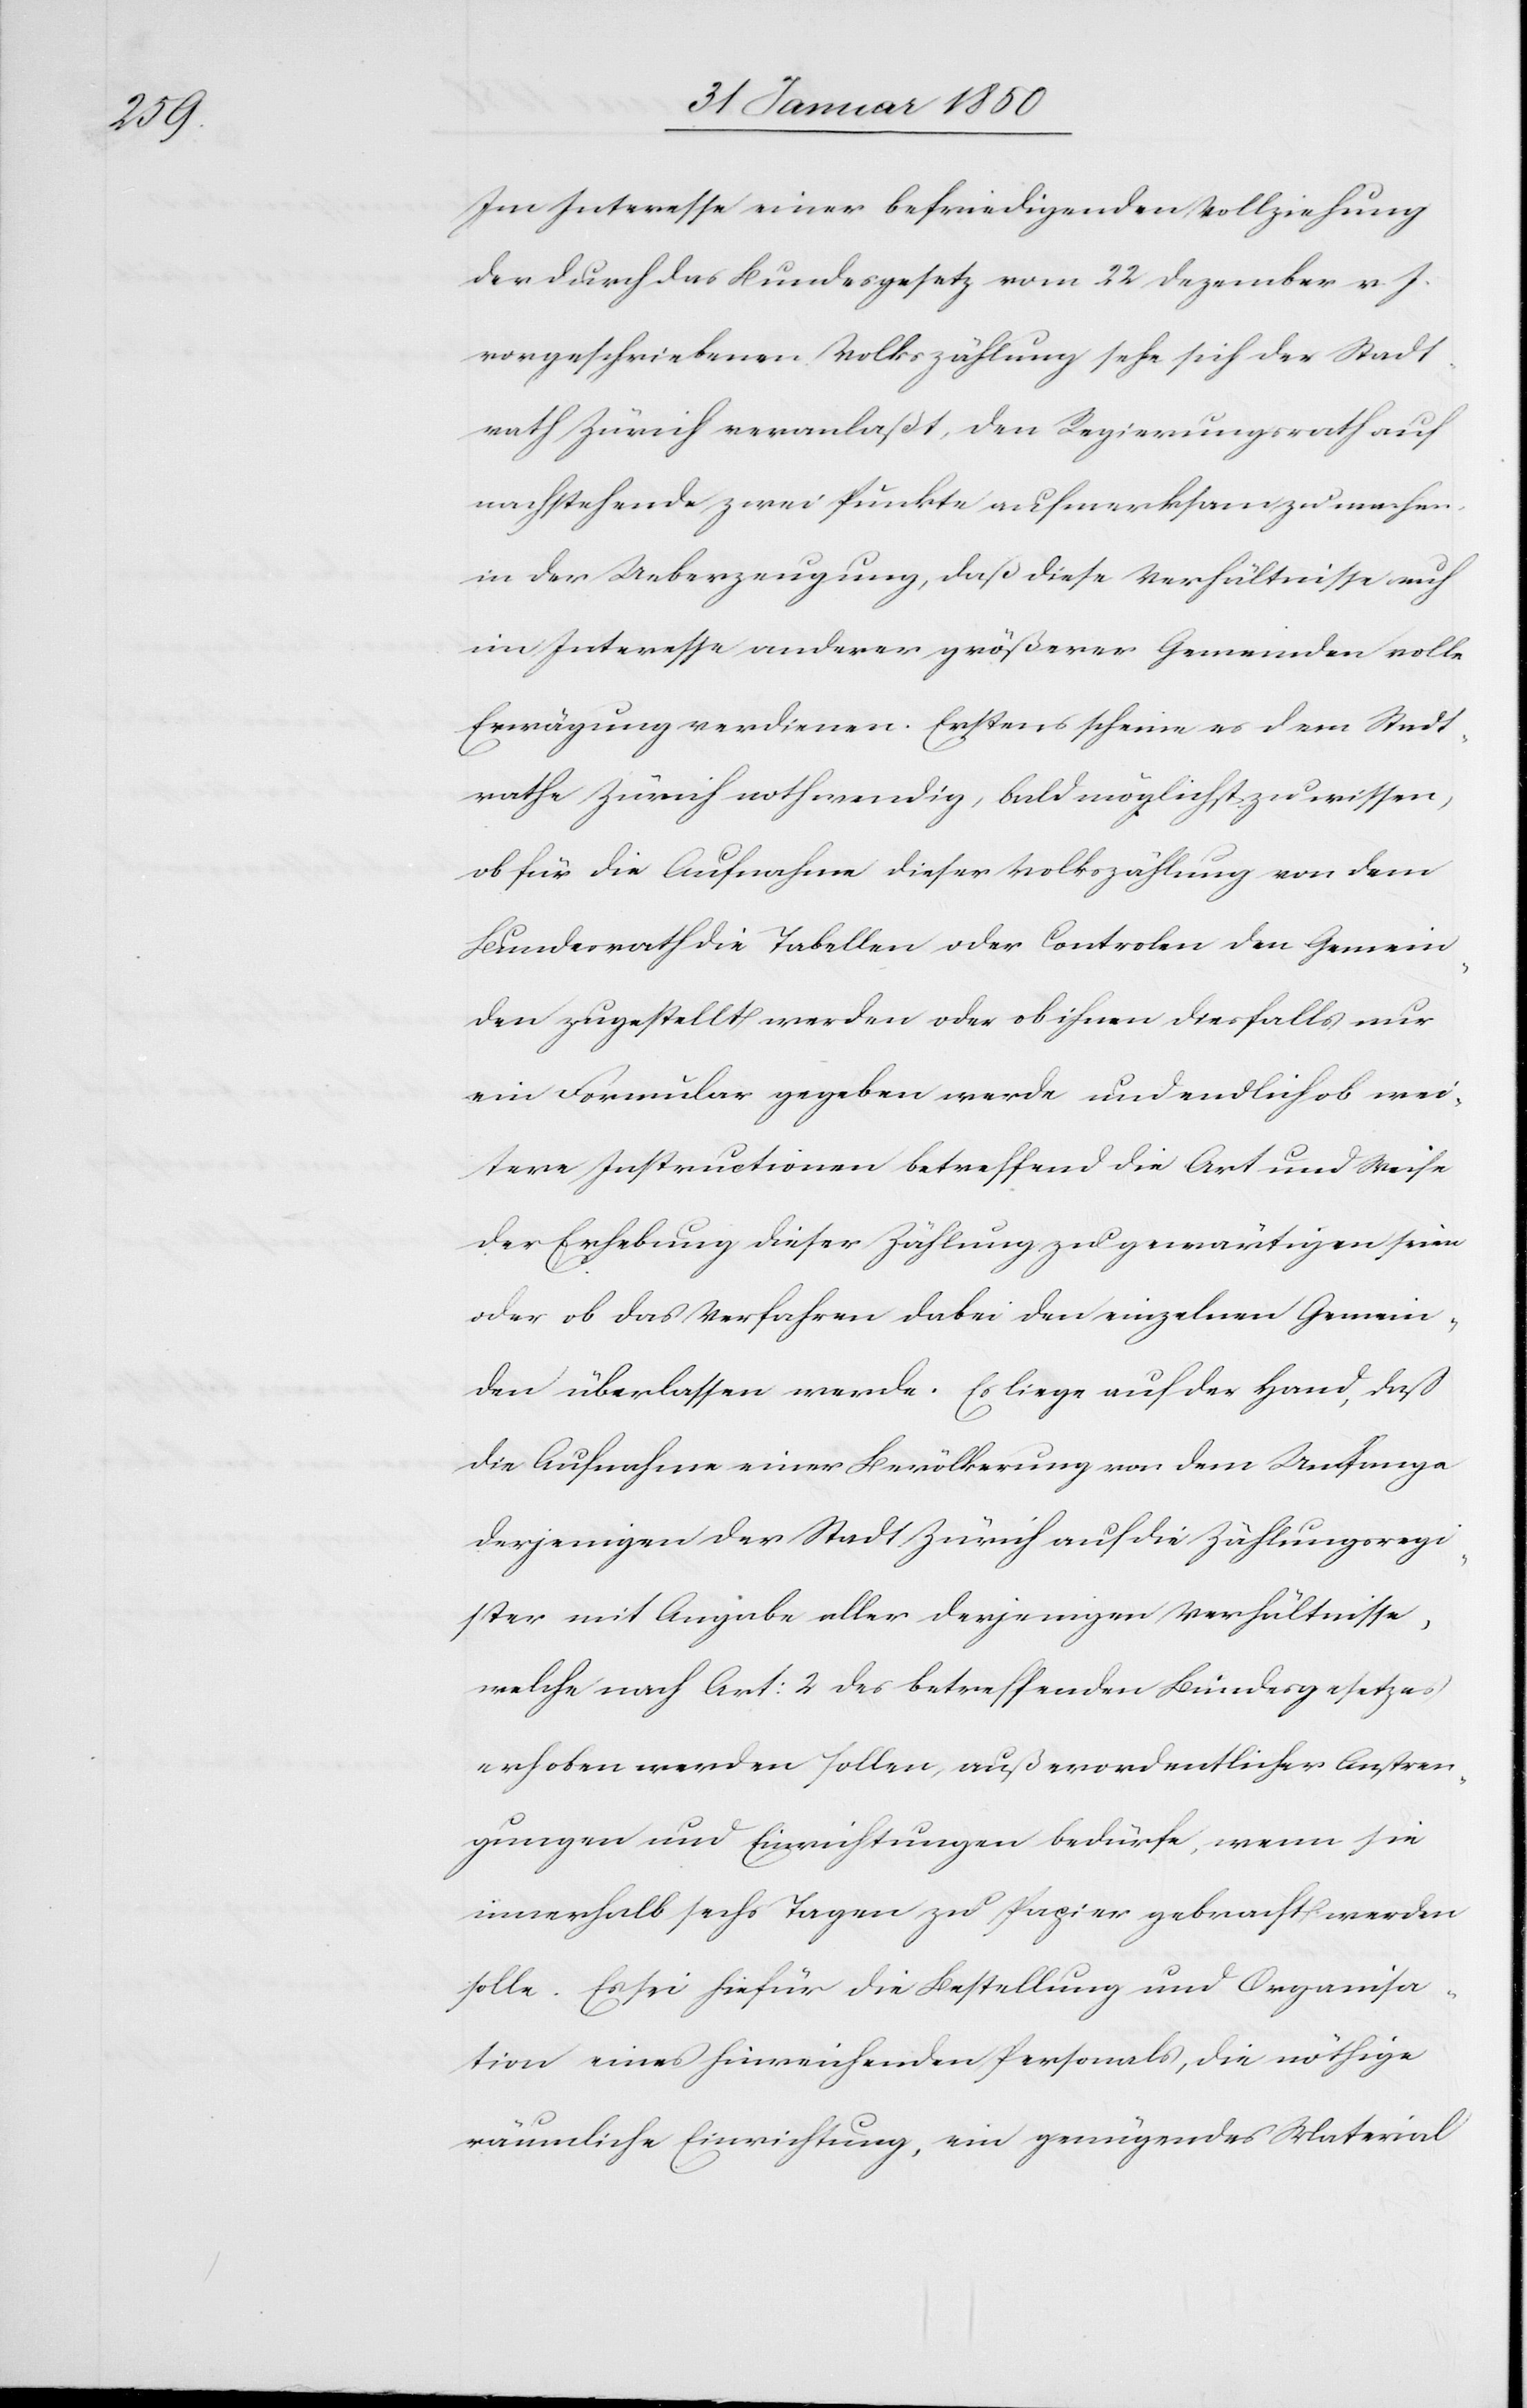
Im Interesse einer befriedigenden Vollziehung
der durch das Bundesgesetz vom 22 Dezember v. J.
vorgeschriebenen Volkszählung sehe sich der Stadt¬
rath Zürich veranlaßt, den Regierungsrath auf
nachstehende zwei Punkte aufmerksam zu machen,
in der Ueberzeugung, daß diese Verhältnisse auch
im Interesse anderer größerer Gemeinden volle
Erwägung verdienen. Erstens scheine es dem Stadt¬
rathe Zürich nothwendig, bald möglichst zu wissen,
ob für die Aufnahme dieser Volkszählung von dem
Bundesrath die Tabellen oder Controlen den Gemein¬
den zugestellt werden oder ob ihnen diesfalls nur
ein Formular gegeben werde und endlich ob wei¬
tere Instructionen betreffend die Art und Weise
der Erhebung dieser Zählung zu gewärtigen seien
oder ob das Verfahren dabei den einzelnen Gemein¬
den überlassen werde. Es liege auf der Hand, daß
die Aufnahme einer Bevölkerung von dem Umfange
derjenigen der Stadt Zürich auf die Zählungsregi¬
ster mit Angabe aller derjenigen Verhältnisse,
welche nach Art: 2 des betreffenden Bundesgesetzes
erhoben werden sollen, außerordentlicher Anstren¬
gungen und Einrichtungen bedürfe, wenn sie
innerhalb sechs Tagen zu Papier gebracht werden
solle. Es sei hiefür die Bestellung und Organisa¬
tion eines hinreichenden Personals, die nöthige
räumliche Einrichtung, ein genügendes Material